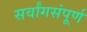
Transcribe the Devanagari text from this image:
सर्वांगसंपूर्ण